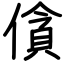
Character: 僋